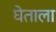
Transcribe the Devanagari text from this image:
घेताला